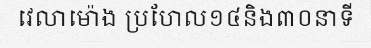
វេលាម៉ោង ប្រហែល១៤និង៣០នាទី